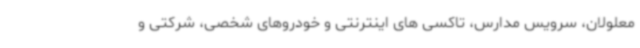
معلولان، سرویس مدارس، تاکسی های اینترنتی و خودروهای شخصی، شرکتی و